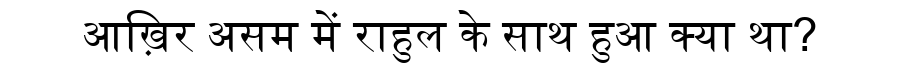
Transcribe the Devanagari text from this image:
आख़िर असम में राहुल के साथ हुआ क्या था?